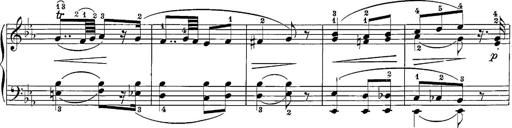
Title: 12 Sonatine per Pianoforte
Composer: Friedrich Kuhlau